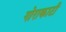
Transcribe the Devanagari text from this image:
गोराकाटी